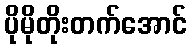
ပိုမိုတိုးတက်အောင်